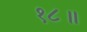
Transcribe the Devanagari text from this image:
१८॥